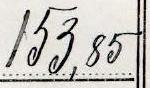
153,85